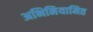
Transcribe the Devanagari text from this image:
अभिनियामित